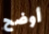
أوضح